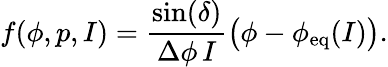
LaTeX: f(\phi,p,I)=\frac{\sin(\delta)}{\Delta\phi\, I}\big(\phi-\phi_{\mathrm{eq}}(I)\big).